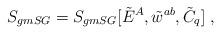
LaTeX: \begin{align*} S_{gmSG}= S_{gmSG}[\tilde{E}^A,\tilde{w}^{ab}, \tilde{C}_q] \; ,\end{align*}